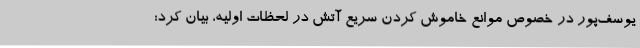
یوسف‌پور در خصوص موانع خاموش کردن سریع آتش در لحظات اولیه، بیان کرد: